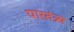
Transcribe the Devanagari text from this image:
पारतंत्र्य